Scientific memoirs by medical officers of the Army of India - Part II,
Year: 1886
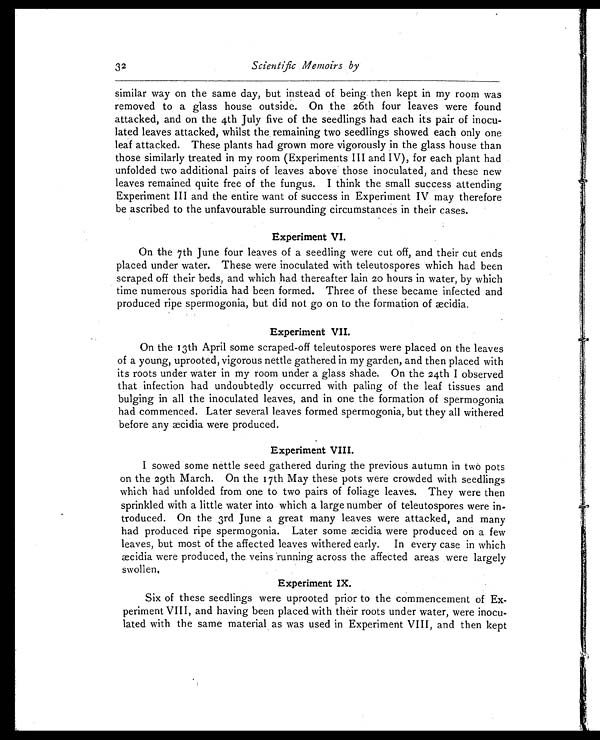
32
Scientific Memoirs by
similar way on the same day, but instead of being, then kept in my room was
removed to a glass house outside. On the 26th four leaves were found
attacked, and on the 4th July five of the seedlings had each its pair of inocu-
lated leaves attacked, whilst the remaining two seedlings showed each only one
leaf attacked. These plants had grown more vigorously in the glass house than
those similarly treated in my room (Experiments III and IV), for each plant had
unfolded two additional pairs of leaves above those inoculated, and these new
leaves remained quite free of the fungus. I think the small success attending
Experiment III and the entire want of success in Experiment IV may therefore
be ascribed to the unfavourable surrounding circumstances in their cases.
Experiment VI.
On the 7th June four leaves of a seedling were cut off, and their cut ends
placed under water. These were inoculated with teleutospores which had been
scraped off their beds, and which had thereafter lain 20 hours in water, by which
time numerous sporidia had been formed. Three of these became infected and
produced ripe spermogonia, but did not go on to the formation of æcidia.
Experiment VII.
On the 13th April some scraped-off teleutospores were placed on the leaves
of a young, uprooted, vigorous nettle gathered in my garden, and then placed with
its roots under water in my room under a glass shade, On the 24th I observed
that infection had undoubtedly occurred with paling of the leaf tissues and
bulging in all the inoculated leaves, and in one the formation of spermogonia
had commenced. Later several leaves formed spermogonia, but they all withered
before any æcidia were produced.
Experiment VIII.
I sowed some nettle seed gathered during the previous autumn in two pots
on the 29th March. On the 17th May these pots were crowded with seedlings
which had unfolded from one to two pairs of foliage leaves. They were then
sprinkled with a little water into which a large number of teleutospores were in-
troduced. On the 3rd June a great many leaves were attacked, and many
had produced ripe spermogonia. Later some æcidia were produced on a few
leaves, but most of the affected leaves withered early. In every case in which
æcidia were produced, the veins running across the affected areas were largely
swollen,
Experiment IX.
Six of these seedlings were uprooted prior to the commencement of Ex-
periment VIII, and having been placed with their roots under water, were inocu-
lated with the same material as was used in Experiment VIII, and then kept